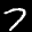
Label: 7